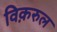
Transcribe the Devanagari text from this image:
विक़रुल